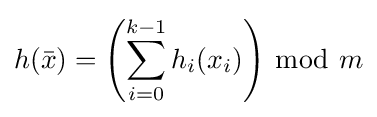
h({\bar {x}})=\left(\sum _{i=0}^{k-1}h_{i}(x_{i})\right)\,{\bmod {~}}m